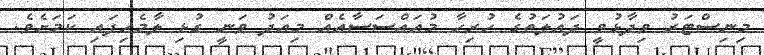
މިނިސްޓަރު ވިދާޅުވީ ދައުލަތުގެ ހުރިހާ މުއައްސަސާއެއް މިއަދު ވަނީ ގުޅި ލާމެހިފައި ކަމަށެވެ.